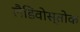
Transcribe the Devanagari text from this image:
लैडिवोस्तोक